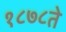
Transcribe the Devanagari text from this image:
१८७८ते